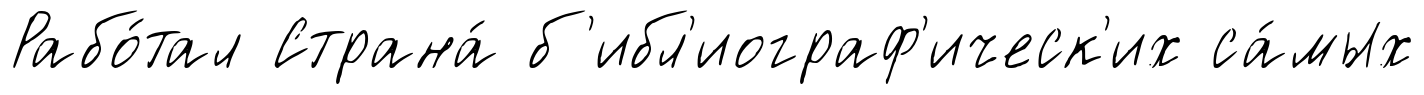
Рабо́тал Страна́ б'ибл'иограф'ическ'их са́мых